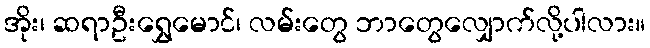
အိုး၊ ဆရာဦးရွှေမောင်၊ လမ်းတွေ ဘာတွေလျှောက်လို့ပါလား။